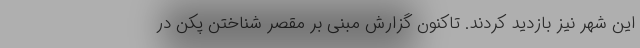
این شهر نیز بازدید کردند. تاکنون گزارش مبنی بر مقصر شناختن پکن در